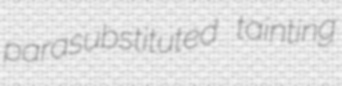
parasubstituted tainting